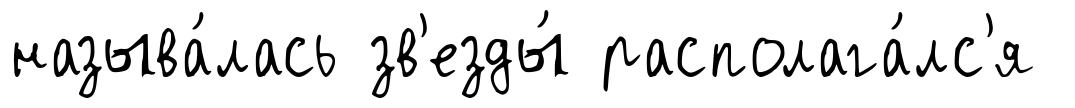
называ́лась зв'езды́ располага́лс'я